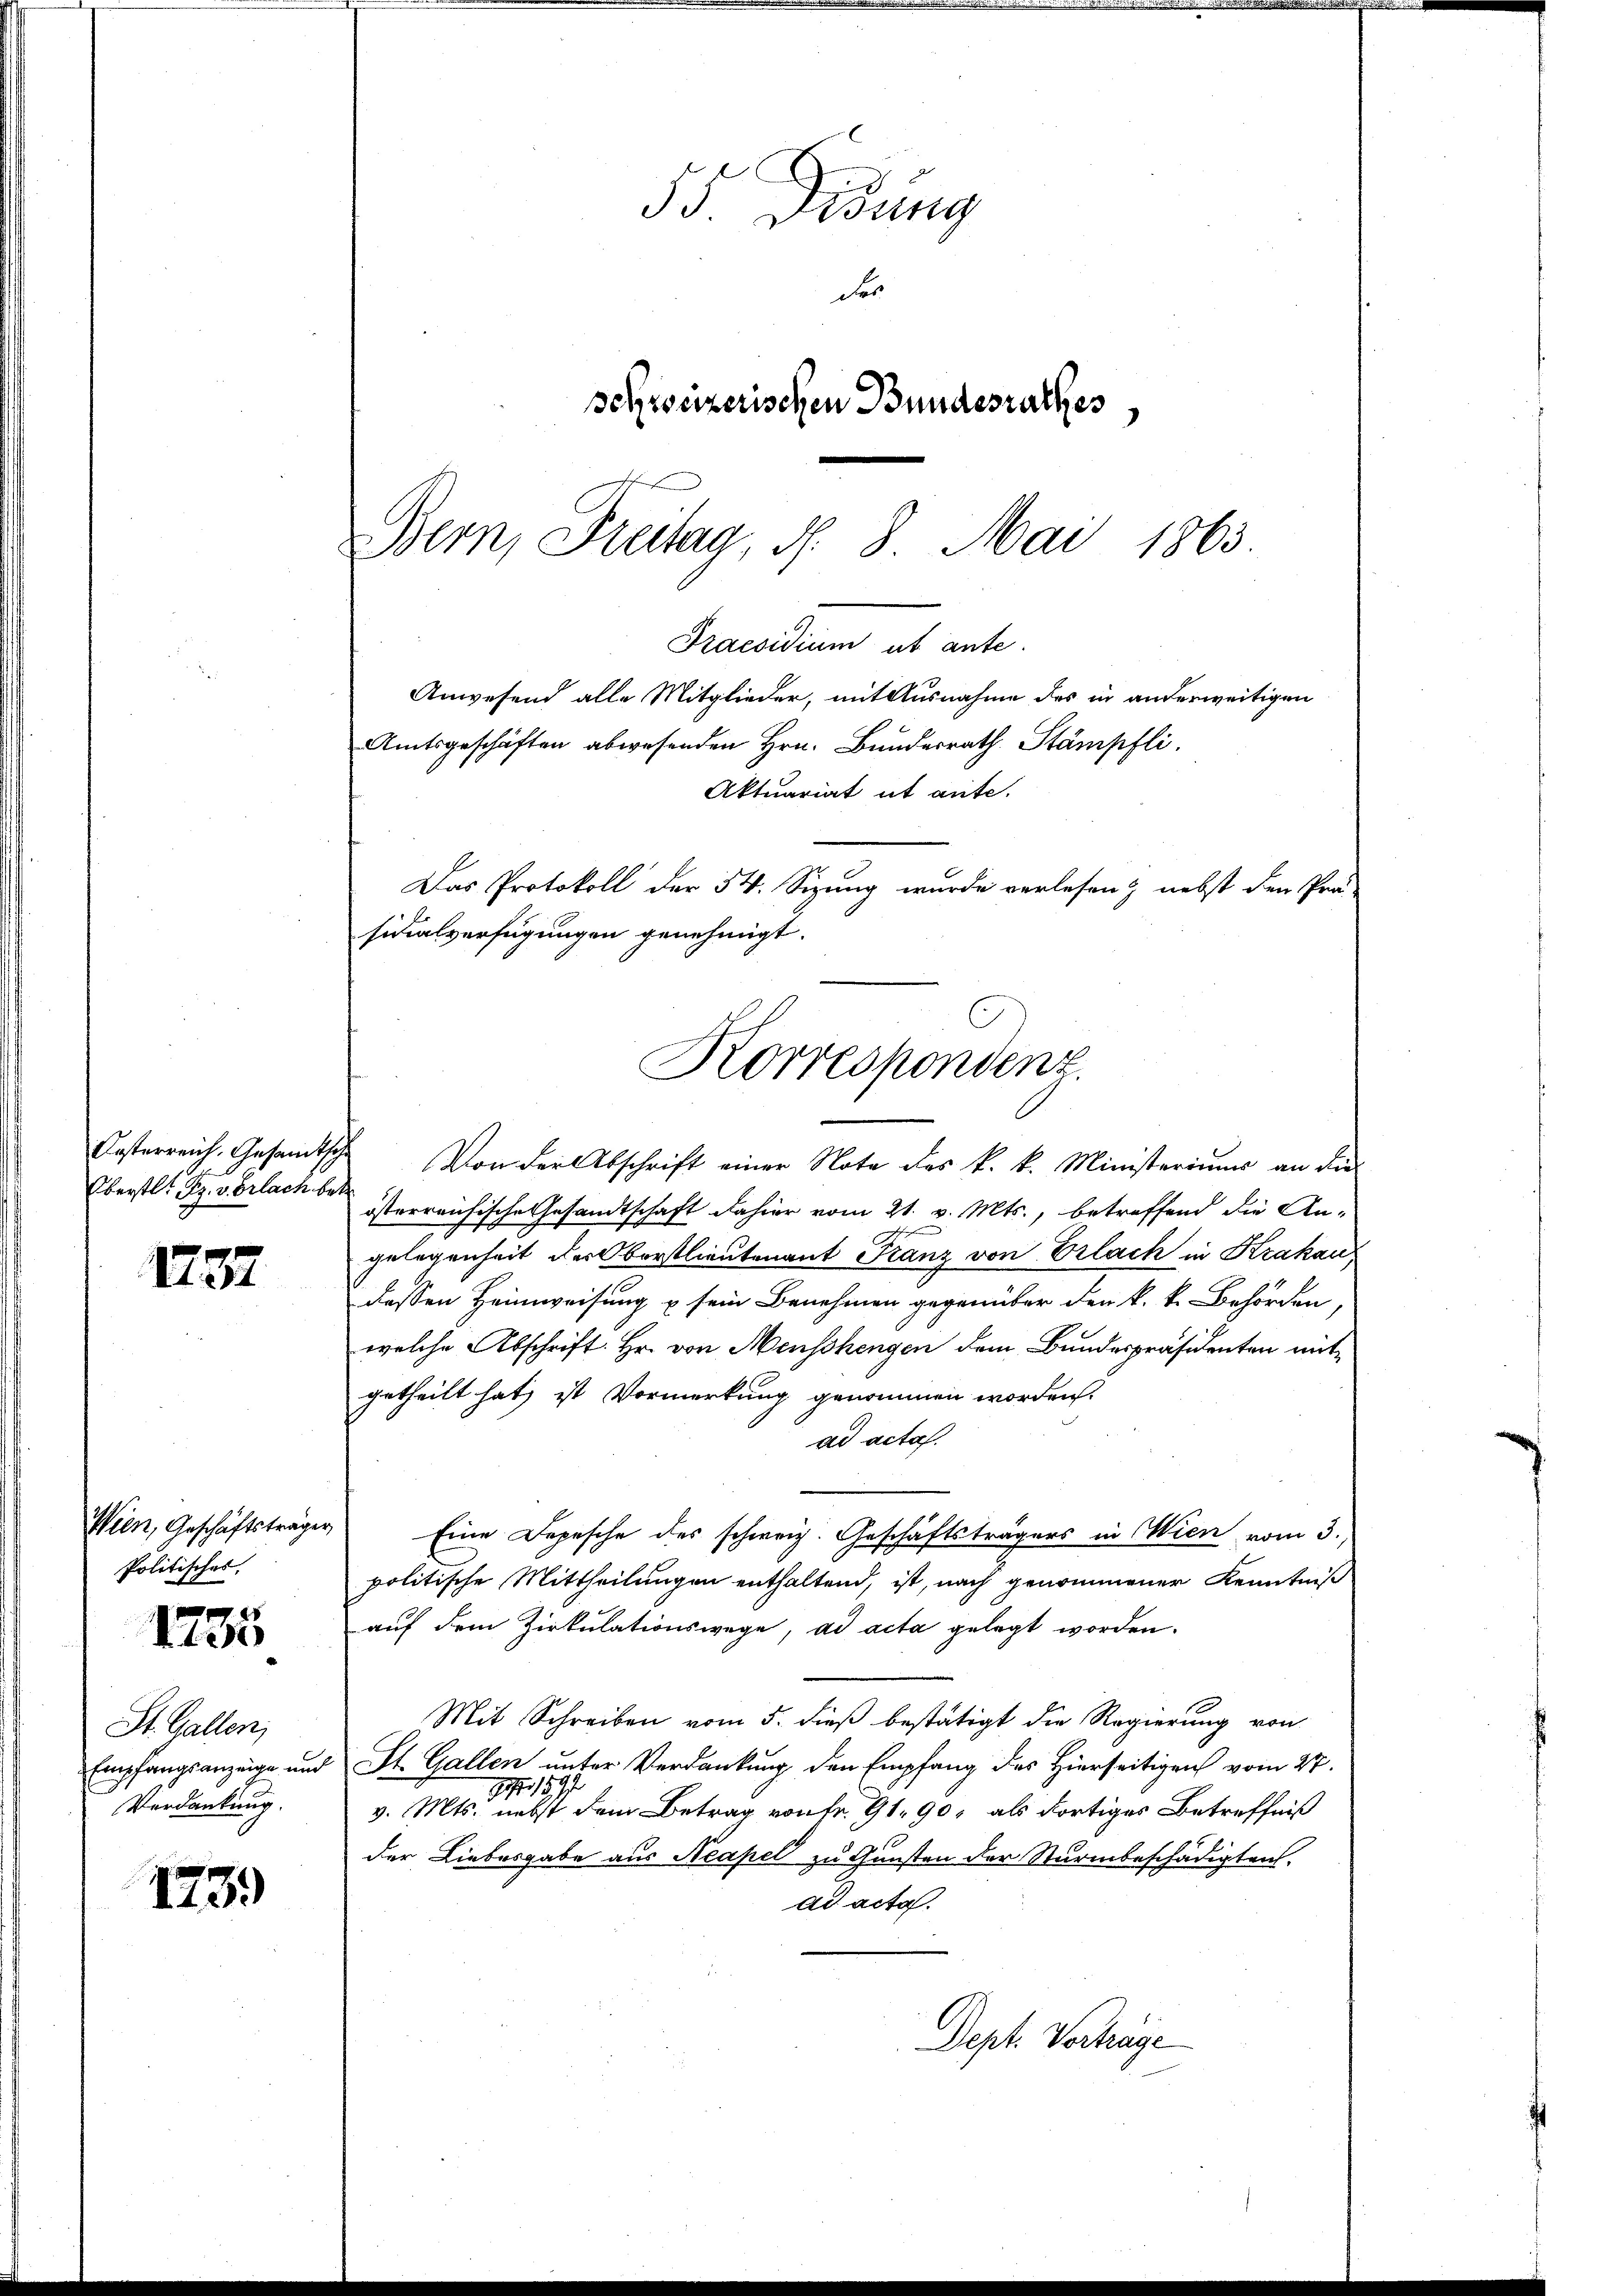
Kasterreich. Gesamtsche
Oberstl. R. verlach betr.

1737

Wien, Geschäftsträger,
Politisches.
135

St. Gallen,
Empfangsanzeige und
Verdankung.

123.

55 Didung
des
schweizerischen Bundesrathes
Bern, Freitag, d. 8. Mai 1863.

Praesidium ut ante.
Anwesend alle Mitglieder, mit Ausnahme des in anderweitigen
Amtsgeschäften abwesenden Hrn. Bŭndesrath Stämpfli
Aktuariat ut ante.
Das Protokoll der 54. Sizung wurde verlesen & nebst den Prä-
sidialverfügungen genehmigt.
Korrespondenz.

Von der Abschrift einer Note des k. k. Ministeriums an die
österreichische Gesandtschaft dahier vom 21. v. Mts., betreffend die An-
.
gelegenheit der Oberstlieutenant Franz von Erlach in Krakau
dessen Heimweisung u sein Benehmen gegenüber den k. k. Behörden,
welche Abschrift. Hr. von Menschengen dem Bundespräsidenten mit
getheilt hat, ist Vormerkung genommen worden.
ad acta.
Eine Depesche des schweiz. Geschäftsträgers in Wien vom 3.
politische Mittheilungen enthaltend, ist, nach genommener Kenntniß
auf dem Zirkulationswege, ad acta gelegt worden.
Mit Schreiben vom 5. dieß bestätigt die Regierung von
St. Gallen unter Verdankung den Empfang des Hierseitigen vom 27.
9 1891
v. Mts. nebst dem Betrag von Fr. 91. 90, als dortiges Betreffniß
der Liebesgabe aus Neapel zu Gunsten der Sturmbeschädigten,
ad acta.
Dept. Vorträge